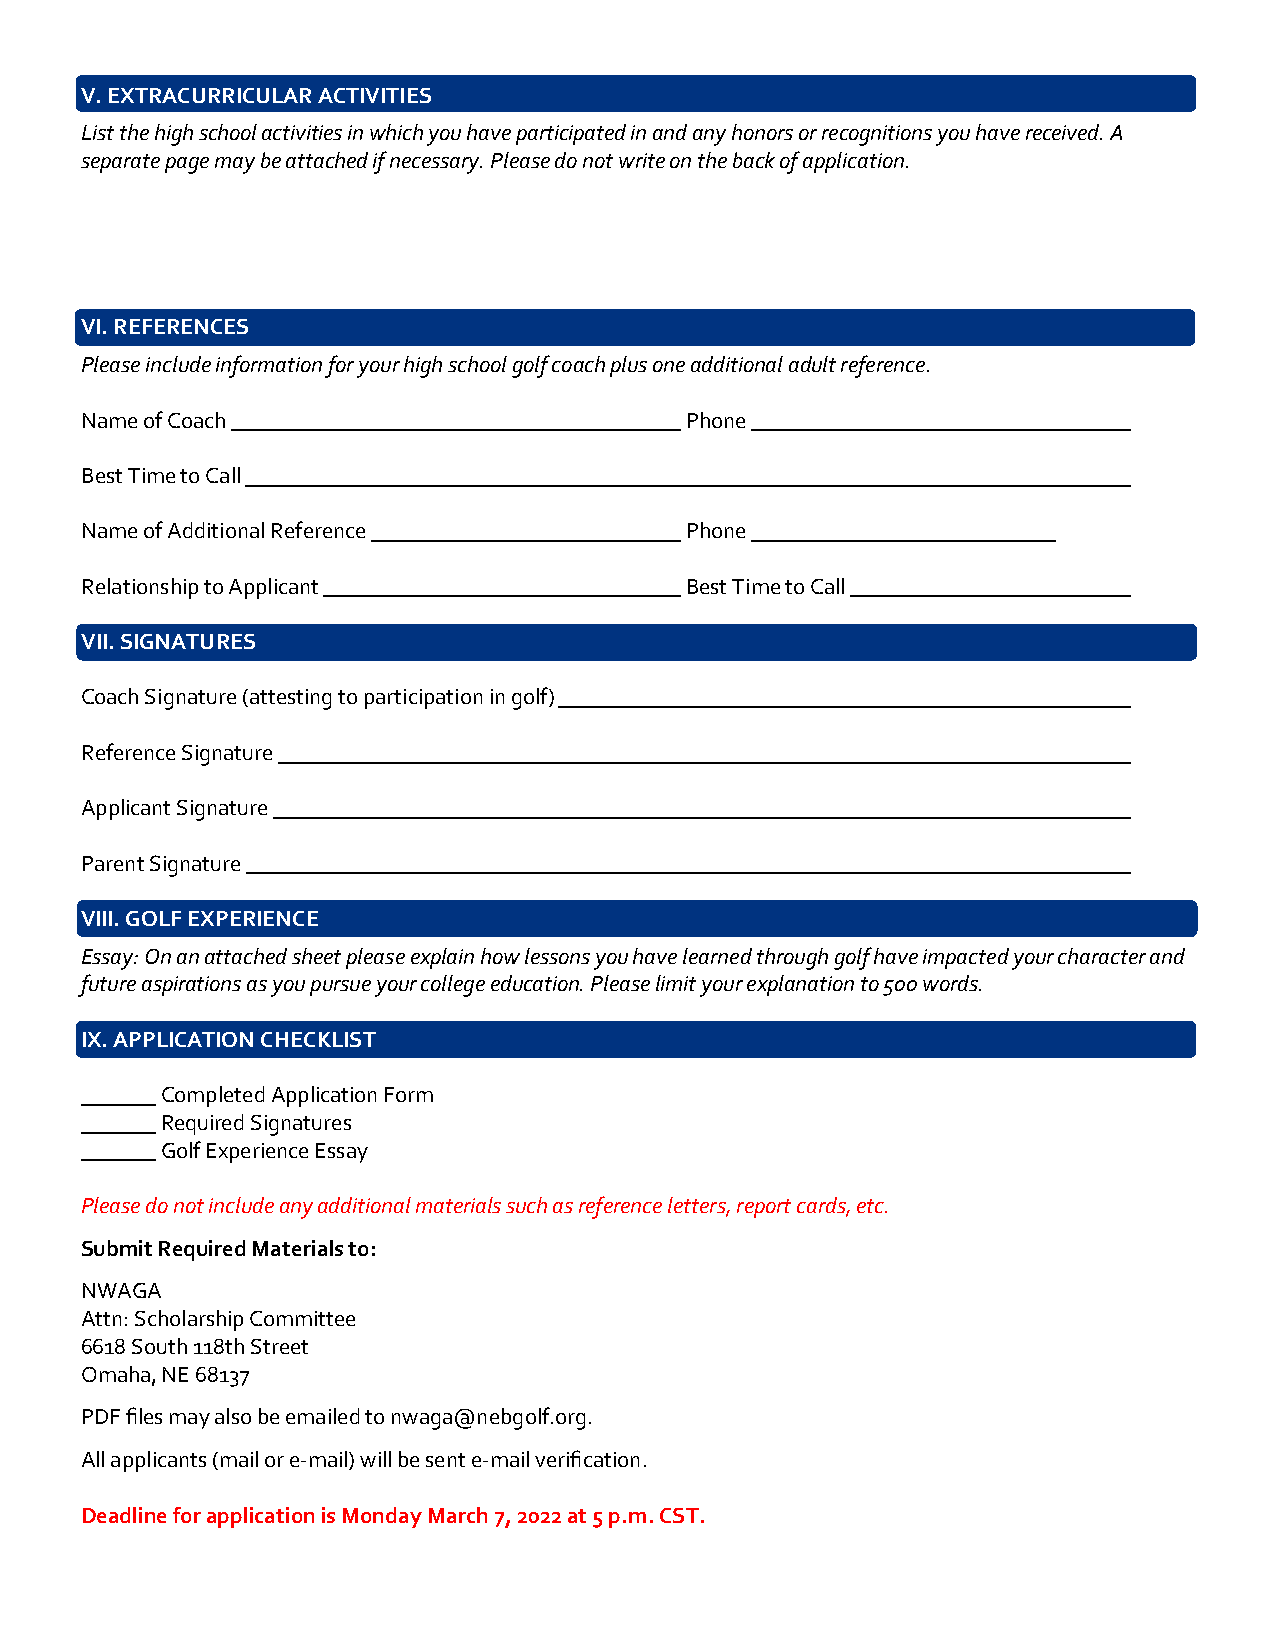
V. EXTRACURRICULAR ACTIVITIES
 List the high school activities in which you have participated in and any honors or recognitions you have received. A
 separate page may be attached if necessary. Please do not write on the back of application.
 VI. REFERENCES
 Please include information for your high school golf coach plus one additional adult reference.
 Name of Coach                           Phone
 Best Time to Call
 Name of Additional Reference            Phone
 Relationship to Applicant               Best Time to Call
 VII. SIGNATURES
 Coach Signature (attesting to participation in golf)
 Reference Signature
 Applicant Signature
 Parent Signature
 VIII. GOLF EXPERIENCE
 Essay: On an attached sheet please explain how lessons you have learned through golf have impacted your character and
 future aspirations as you pursue your college education. Please limit your explanation to 500 words.
 IX. APPLICATION CHECKLIST
 Completed Application Form
 Required Signatures
 Golf Experience Essay
 Please do not include any additional materials such as reference letters, report cards, etc.
 Submit Required Materials to:
 NWAGA
 Attn: Scholarship Committee
 6618 South 118th Street
 Omaha, NE 68137
 PDF files may also be emailed to nwaga@nebgolf.org.
 All applicants (mail or e-mail) will be sent e-mail verification.
 Deadline for application is Monday March 7, 2022 at 5 p.m. CST.